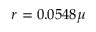
r = 0 . 0 5 4 8 \mu